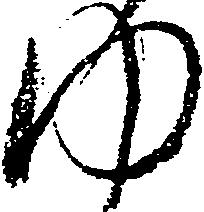
ゆ